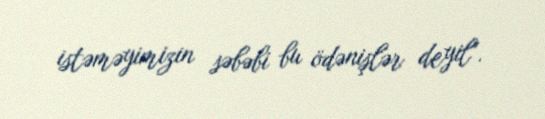
istəməyimizin səbəbi bu ödənişlər deyil".